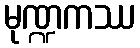
မုဏ္ဍကဿ